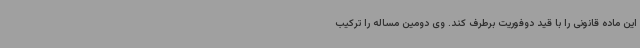
این ماده قانونی را با قید دوفوریت برطرف کند. وی دومین مساله را ترکیب